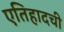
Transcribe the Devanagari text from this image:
एतिहादची